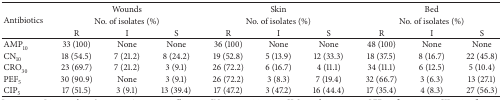
<table><thead><tr><td rowspan="3"><b>Antibiotics</b></td><td colspan="3"><b>Wounds</b></td><td colspan="3"><b>Skin</b></td><td colspan="3"><b>Bed</b></td></tr><tr><td colspan="3"><b>No. of isolates (%)</b></td><td colspan="3"><b>No. of isolates (%)</b></td><td colspan="3"><b>No. of isolates (%)</b></td></tr><tr><td><b>R</b></td><td><b>I</b></td><td><b>S</b></td><td><b>R</b></td><td><b>I</b></td><td><b>S</b></td><td><b>R</b></td><td><b>I</b></td><td><b>S</b></td></tr></thead><tbody><tr><td>AMP<sub>10</sub></td><td>33 (100)</td><td>None</td><td>None</td><td>36 (100)</td><td>None</td><td>None</td><td>48 (100)</td><td>None</td><td>None</td></tr><tr><td>CN<sub>10</sub></td><td>18 (54.5)</td><td>7 (21.2)</td><td>8 (24.2)</td><td>19 (52.8)</td><td>5 (13.9)</td><td>12 (33.3)</td><td>18 (37.5)</td><td>8 (16.7)</td><td>22 (45.8)</td></tr><tr><td>CRO<sub>30</sub></td><td>23 (69.7)</td><td>7 (21.2)</td><td>3 (9.1)</td><td>26 (72.2)</td><td>6 (16.7)</td><td>4 (11.1)</td><td>34 (11.1)</td><td>6 (12.5)</td><td>5 (10.4)</td></tr><tr><td>PEF<sub>5</sub></td><td>30 (90.9)</td><td>None</td><td>3 (9.1)</td><td>26 (72.2)</td><td>3 (8.3)</td><td>7 (19.4)</td><td>32 (66.7)</td><td>3 (6.3)</td><td>13 (27.1)</td></tr><tr><td>CIP<sub>5</sub></td><td>17 (51.5)</td><td>3 (9.1)</td><td>13 (39.4)</td><td>17 (47.2)</td><td>3 (47.2)</td><td>16 (44.4)</td><td>17 (35.4)</td><td>4 (8.3)</td><td>27 (56.3)</td></tr></tbody></table>